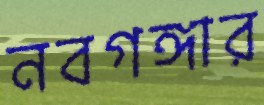
নবগঙ্গার